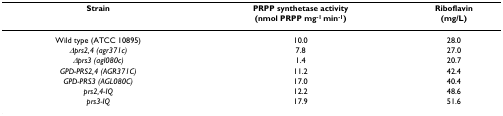
| Strain | PRPP synthetase activity(nmol PRPP mg-1 min-1) | Riboflavin(mg/L) |
 | --- | --- | --- |
 | Wild type (ATCC 10895) | 10.0 | 28.0 |
 | Δprs2,4 (agr371c) | 7.8 | 27.0 |
 | Δprs3 (agl080c) | 1.4 | 20.7 |
 | GPD-PRS2,4 (AGR371C) | 11.2 | 42.4 |
 | GPD-PRS3 (AGL080C) | 17.0 | 40.4 |
 | prs2,4-IQ | 12.2 | 48.6 |
 | prs3-IQ | 17.9 | 51.6 |